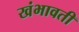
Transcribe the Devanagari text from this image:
खंभावती